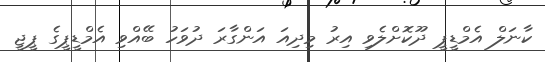
ކާނަލް އެމްޑީޕީ ދޫކޮށްލެވި އިރު މިދިއަ އަންގާރަ ދުވަހު ބޭއްވި އެމްޑީޕީގެ ޕީޖީ